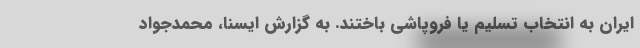
ایران به انتخاب تسلیم یا فروپاشی باختند. به گزارش ایسنا، محمدجواد